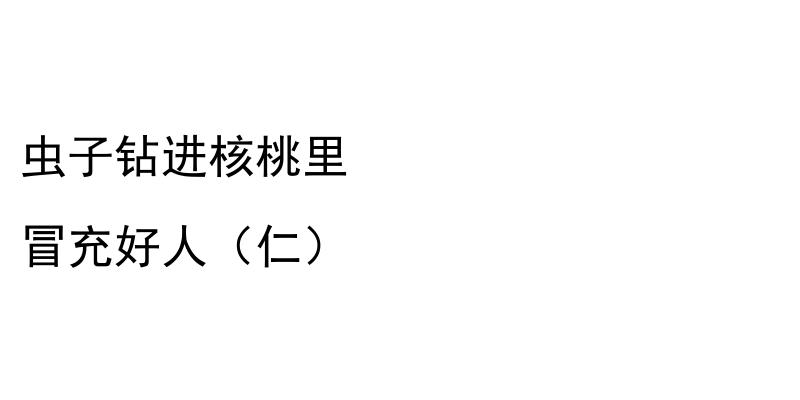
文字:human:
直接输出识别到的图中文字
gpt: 虫子钻进核桃里 冒充好人（仁）